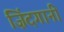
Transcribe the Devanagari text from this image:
ज़िंदगानी